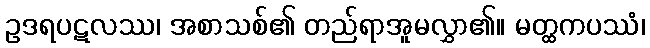
ဥဒရပဋလဿ၊ အစာသစ်၏ တည်ရာအူမလွှာ၏။ မတ္ထကပဿံ၊